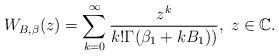
LaTeX: \begin{align*}W_{B,\beta}(z)=\sum_{k=0}^\infty\frac{z^k}{k!\Gamma(\beta_1+kB_1))},\;z\in\mathbb{C}.\end{align*}